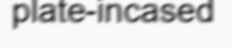
plate-incased